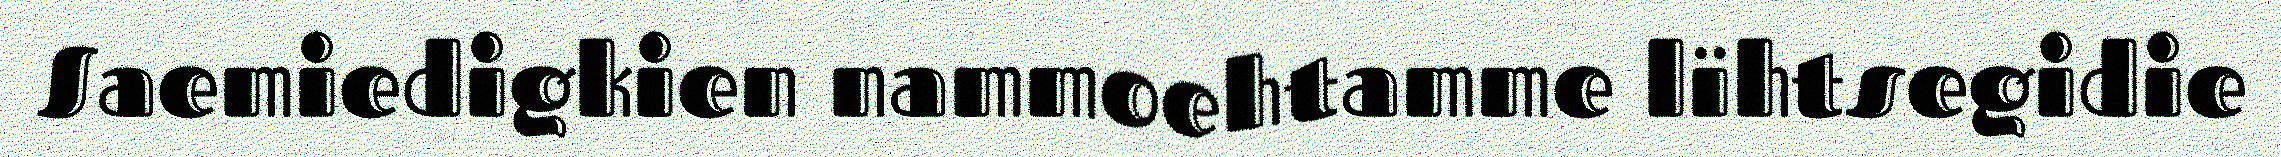
Saemiedigkien nammoehtamme lïhtsegidie